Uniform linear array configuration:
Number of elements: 12
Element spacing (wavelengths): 1
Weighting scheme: binomial
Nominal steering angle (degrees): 15
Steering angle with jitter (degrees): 14.032
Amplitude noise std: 0.05
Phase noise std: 0.05

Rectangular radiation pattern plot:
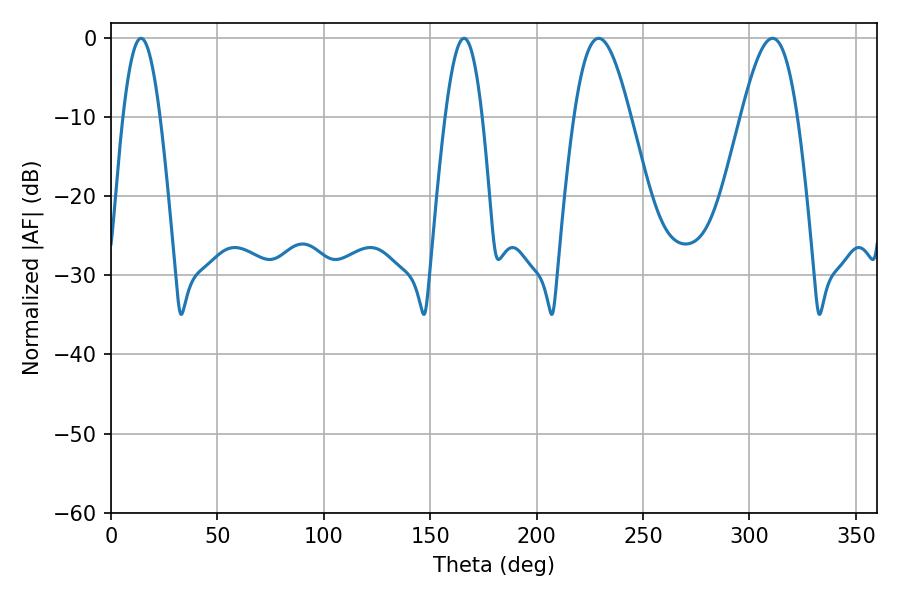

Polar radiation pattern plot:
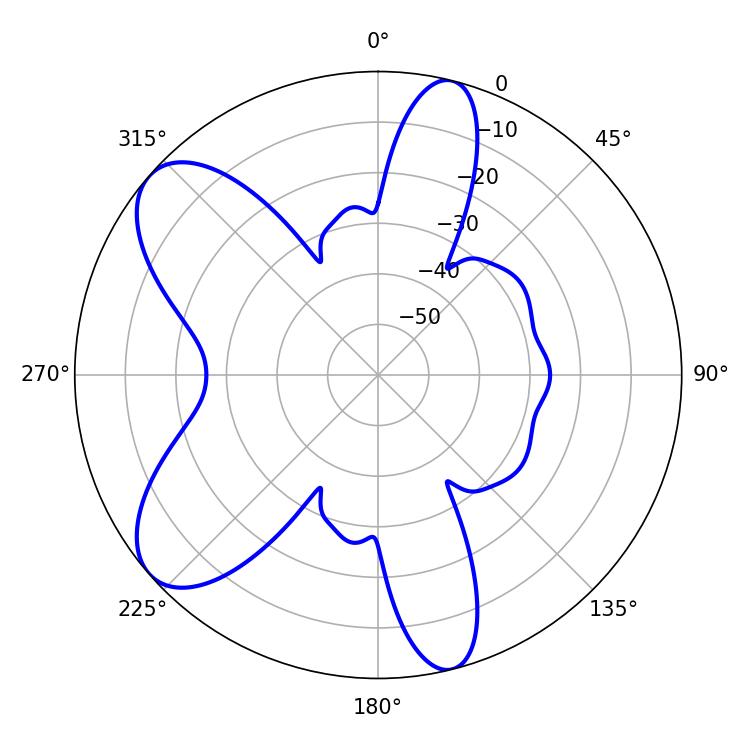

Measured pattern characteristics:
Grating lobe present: TRUE
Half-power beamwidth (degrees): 14.22
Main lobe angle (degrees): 229.14